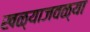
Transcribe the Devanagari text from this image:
खळ्याजवळ्या